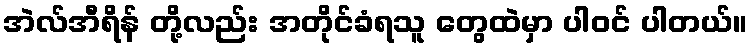
အဲလ်အီရိန် တို့လည်း အတိုင်ခံရသူ တွေထဲမှာ ပါဝင် ပါတယ်။